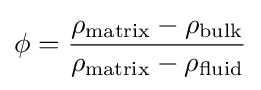
\phi ={\frac {\rho _{\text{matrix}}-\rho _{\text{bulk}}}{\rho _{\text{matrix}}-\rho _{\text{fluid}}}}